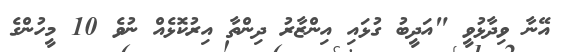
އޭނާ ވިދާޅުވީ "އަދީބު ގުޅައި އިންޒާރު ދިންތާ އިރުކޮޅެއް ނުވެ 10 މީހުންގެ